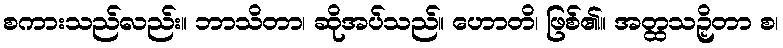
စကားသည်လည်း။ ဘာသိတာ၊ ဆိုအပ်သည်။ ဟောတိ၊ ဖြစ်၏။ အတ္ထသဉှိတာ စ၊